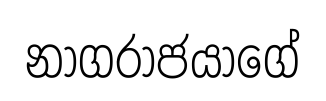
නාගරාජයාගේ